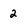
Character: 2